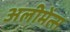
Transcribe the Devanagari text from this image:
अलीमेंत्स